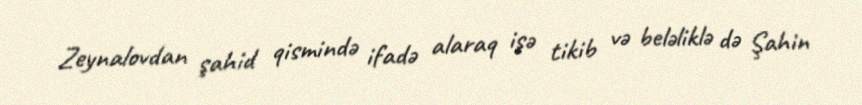
Zeynalovdan şahid qismində ifadə alaraq işə tikib və beləliklə də Şahin